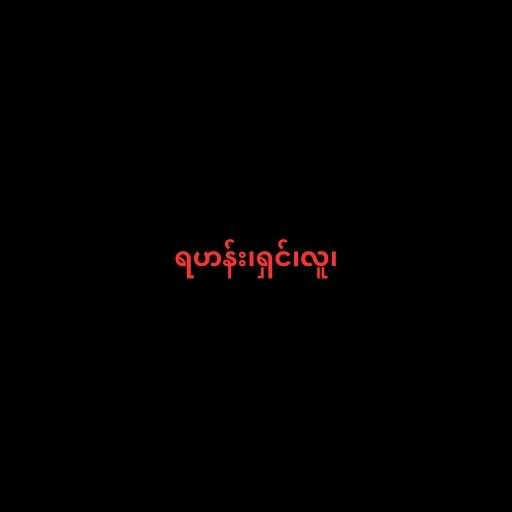
ရဟန်း၊ရှင်၊လူ၊